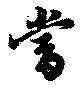
当